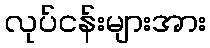
လုပ်ငန်းများအား